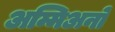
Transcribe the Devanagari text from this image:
अम्मिअनो